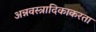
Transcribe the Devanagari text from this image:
अन्नवस्त्रादिकाकरता